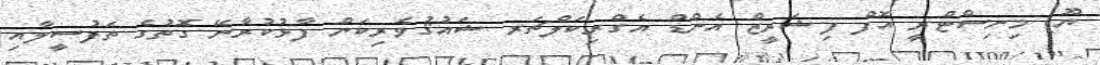
ޔޫ) މިނިސްޓްރީ އޮފް ފިޝަރީޒް އެންޑް އެގްރިކަލްޗަރ ޝައުޤުވެރިކަން ފާޅުކުރާނޭ ގޮތުގެ ތަފުސީލާއި